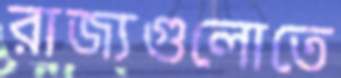
রাজ্যগুলোতে